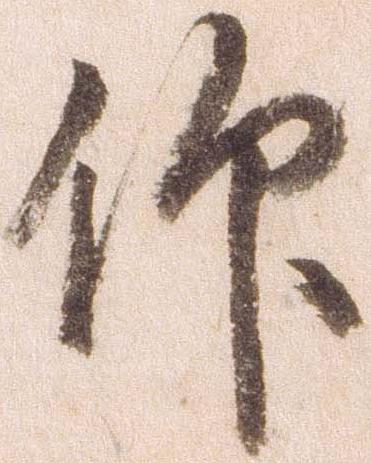
仰